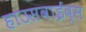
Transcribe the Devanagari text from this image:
हाउसवाईव्स